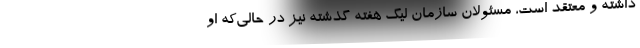
داشته و معتقد است، مسئولان سازمان لیگ هفته گذشته نیز در حالی‌که او